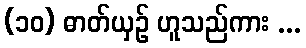
(၁၀) ဓာတ်ယှဉ် ဟူသည်ကား ...